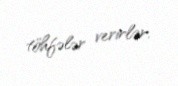
töhfələr verirlər.